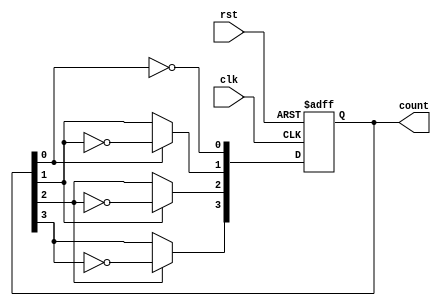
module async_ripple_counter #(parameter WIDTH = 4) (
    input wire clk,         // Clock input
    input wire rst,         // Asynchronous reset
    output reg [WIDTH-1:0] count // Counter output
);

// Always block to implement the asynchronous reset and counter logic
always @(posedge clk or posedge rst) begin
    if (rst) begin
        count <= 0; // Reset counter to 0
    end else begin
        count[0] <= ~count[0]; // Toggle the least significant bit (LSB)
        // Each subsequent bit toggles on the falling edge of the previous bit
        count[1] <= count[0] ? ~count[1] : count[1]; // Toggle on LSB change
        count[2] <= count[1] ? ~count[2] : count[2]; // Toggle on 2nd bit change
        count[3] <= count[2] ? ~count[3] : count[3]; // Toggle on 3rd bit change
        // Add more bits as necessary if WIDTH > 4
    end
end

endmodule